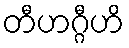
တီဟဂ္ဂီဟိ